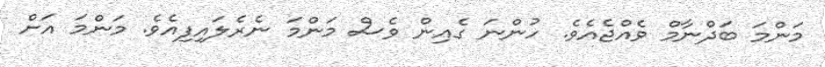
މަންމަ ބަދްނާމް ވެއްޖެއެވެ. ހުންނަ ގެއިން ވެސް މަންމަ ނެރެލައިފިއެވެ. މަންމަ އަށް